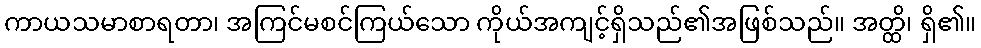
ကာယသမာစာရတာ၊ အကြင်မစင်ကြယ်သော ကိုယ်အကျင့်ရှိသည်၏အဖြစ်သည်။ အတ္ထိ၊ ရှိ၏။